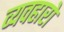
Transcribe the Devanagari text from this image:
व्यवहारो